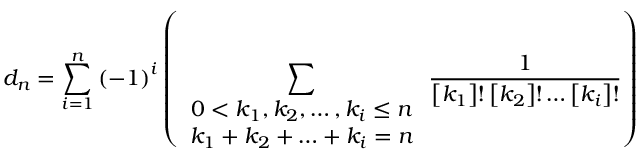
d _ { n } = \sum _ { i = 1 } ^ { n } { \left( - 1 \right) ^ { i } \left( \sum _ { \begin{array} { c } { { 0 < k _ { 1 } , k _ { 2 } , \ldots , k _ { i } \leq n } } \\ { { k _ { 1 } + k _ { 2 } + \ldots + k _ { i } = n } } \end{array} } \frac { 1 } { \left[ k _ { 1 } \right] ! \left[ k _ { 2 } \right] ! \ldots \left[ k _ { i } \right] ! } \right) }